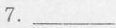
7.___